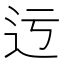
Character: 迃